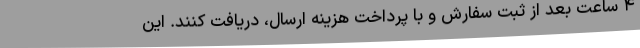
۴ ساعت بعد از ثبت سفارش و با پرداخت هزینه ارسال، دریافت کنند. این